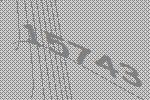
15743